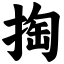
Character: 掏